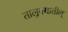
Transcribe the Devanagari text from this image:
तालुक्यातील्